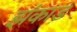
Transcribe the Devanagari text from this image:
झंकाड़